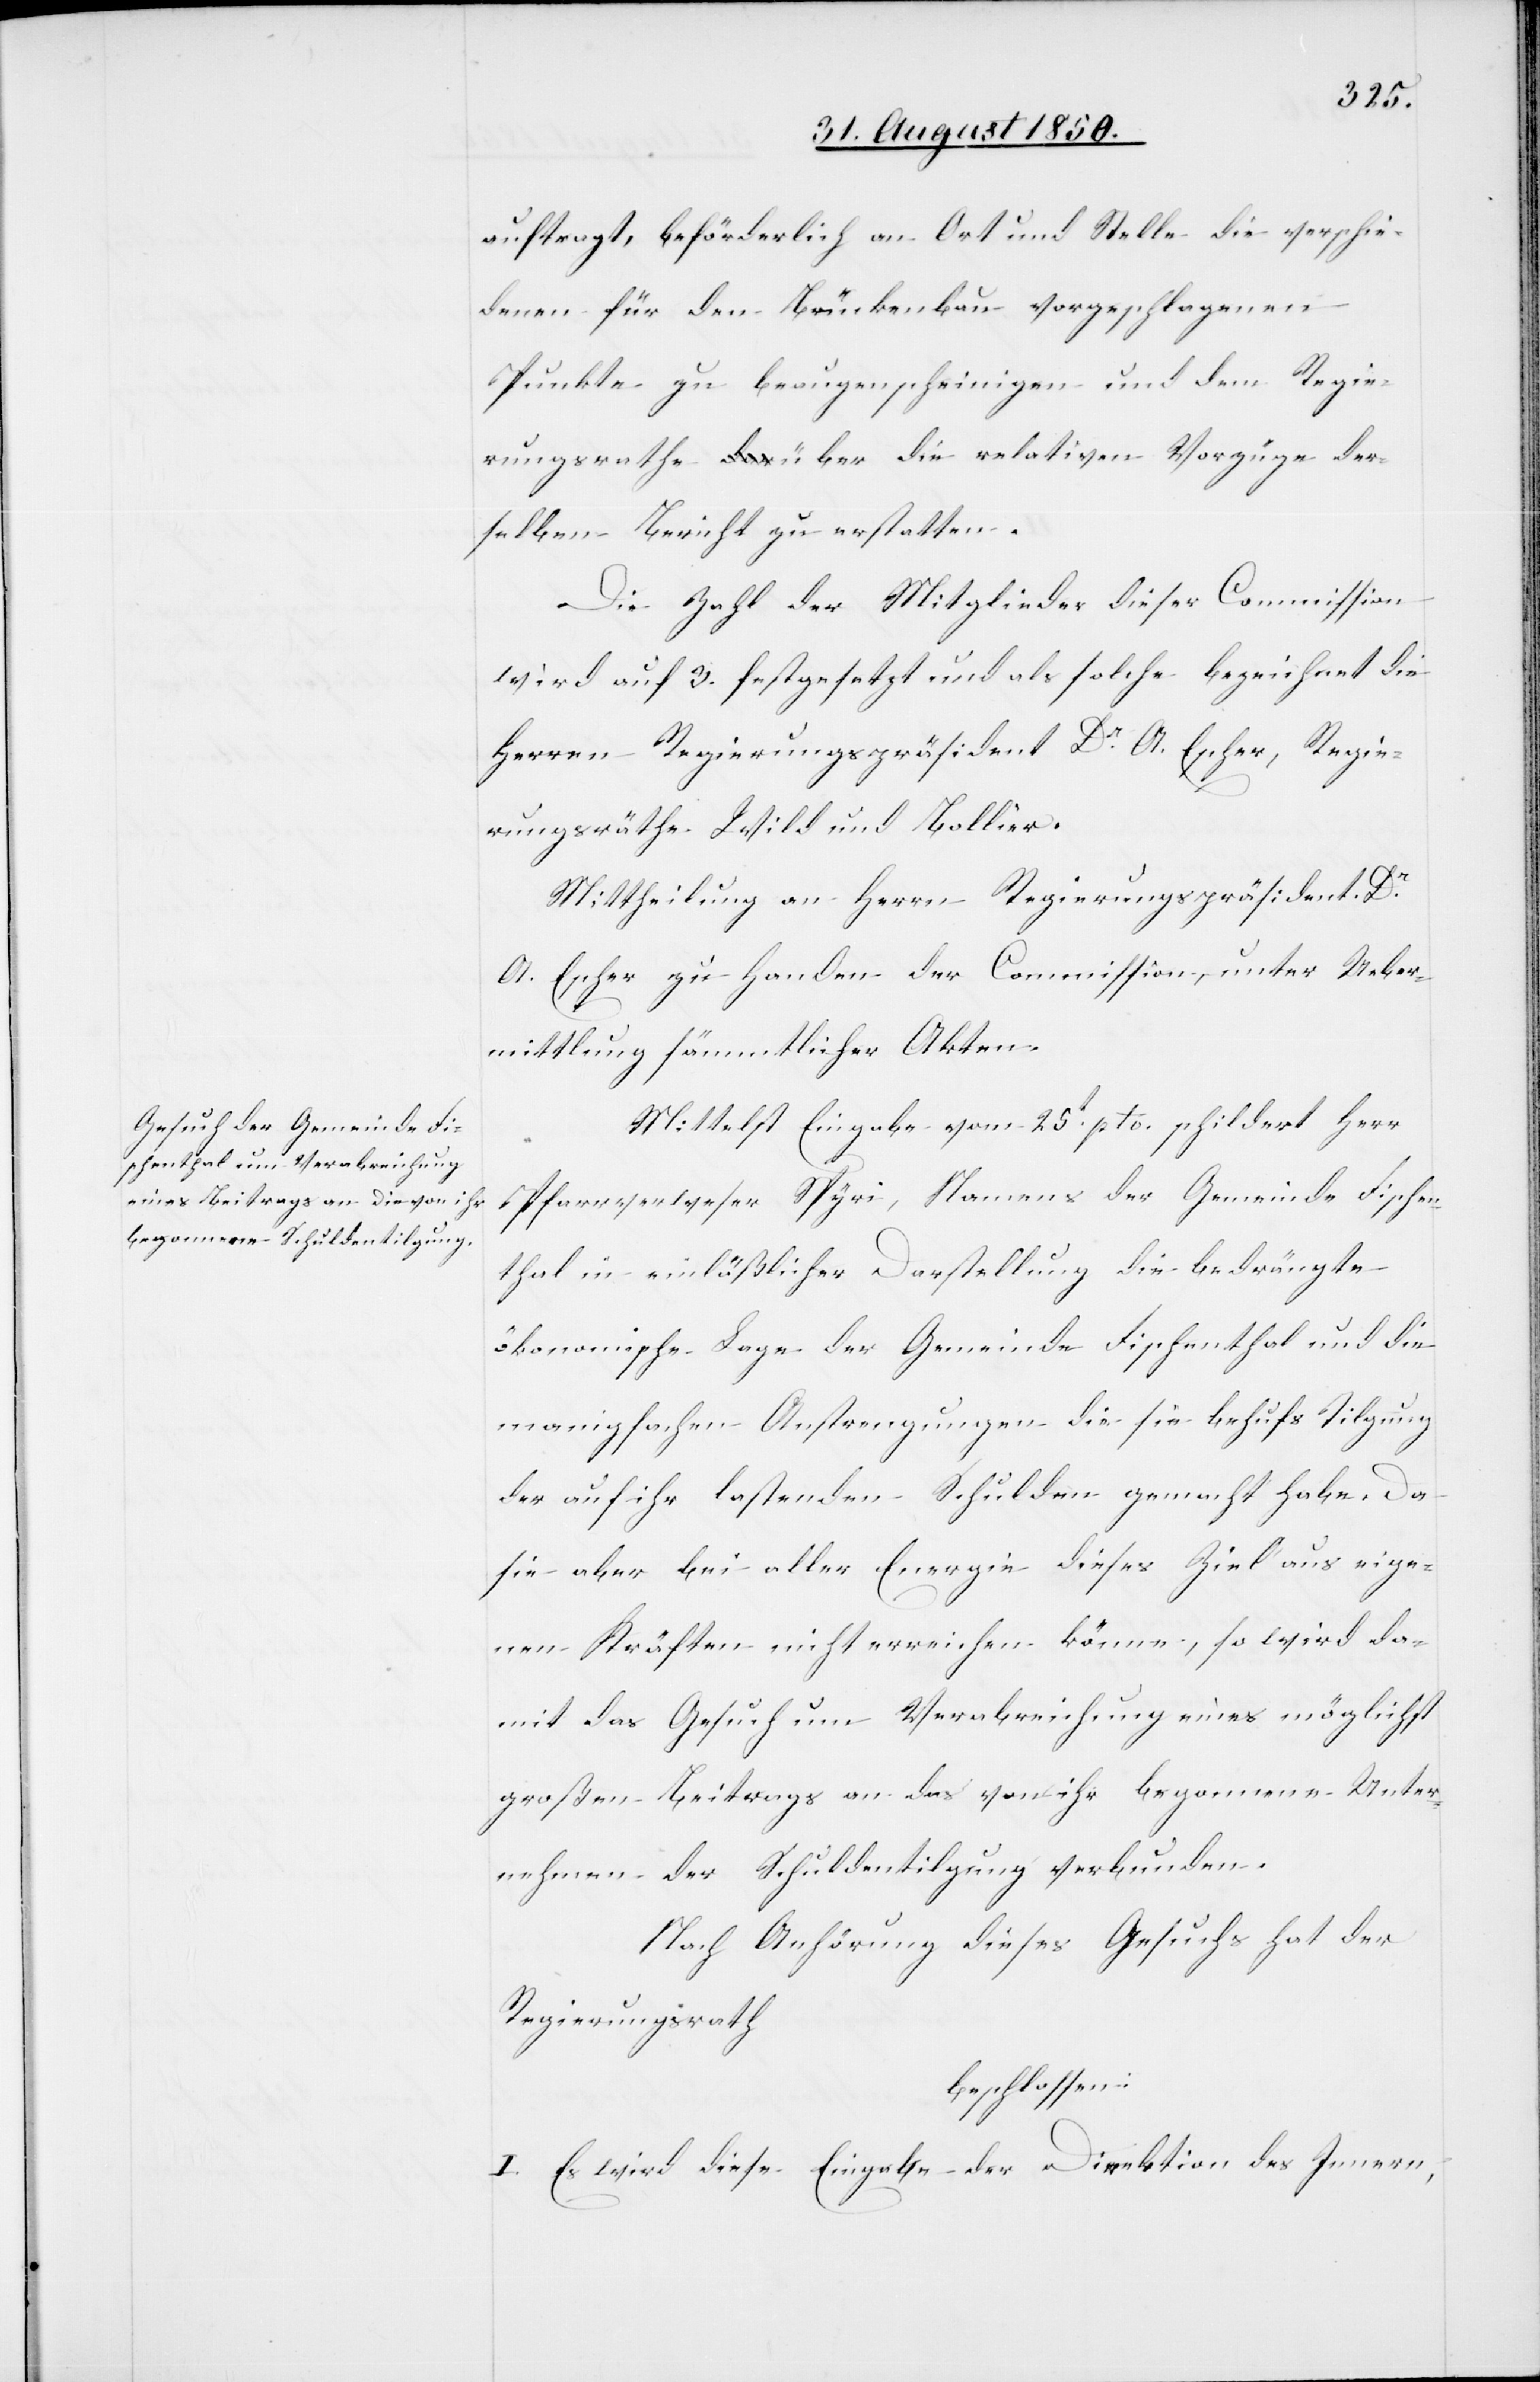
auftragt, beförderlich an Ort und Stelle die verschie¬
denen für den Brückenbau vorgeschlagenen
Punkte zu beaugenscheinigen und dem Regie¬
rungsrathe über die relativen Vorzüge der¬
selben Bericht zu erstatten.
Die Zahl der Mitglieder dieser Commission
wird auf 3. festgesetzt und als solche bezeichnet die
Herren Regierungspräsident Dr A. Escher, Regie¬
rungsräthe Wild und Bollier.
Mittheilung an Herrn Regierungspräsident Dr
A. Escher zu Handen der Commission, unter Ueber¬
mittlung sämmtlicher Akten.
Mittelst Eingabe vom 25t pto. schildert Herr
Pfarrverweser Spyri, Namens der Gemeinde Fischen¬
thal in einläßlicher Darstellung die bedrängte
ökonomische Lage der Gemeinde Fischenthal und die
manigfachen Anstrengungen die sie behufs Tilgung
der auf ihr lastenden Schulden gemacht habe. Da
sie aber bei aller Energie dieses Ziel aus eige¬
nen Kräften nicht erreichen könne, so wird da¬
mit das Gesuch um Verabreichung eines möglichst
großen Beitrags an das von ihr begonnene Unter¬
nehmen der Schuldentilgung verbunden.
Nach Anhörung dieses Gesuchs hat der
Regierungsrath
beschlossen:
I. Es wird diese Eingabe der Direktion des Innern,